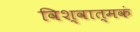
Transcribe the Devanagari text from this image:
विश्वात्मकं